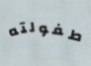
طفولته